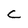
Character: C